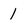
Character: 1